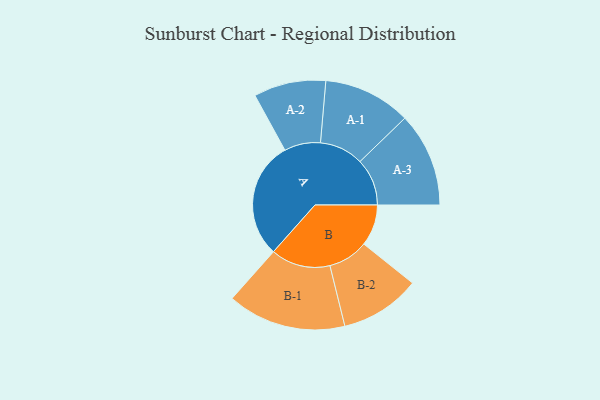
{"axis": {"x": "Segment", "y": "Value"}, "legend": ["", "A", "B"], "data": [{"x": "A", "y": 468, "type": ""}, {"x": "B", "y": 165, "type": ""}, {"x": "A-1", "y": 175, "type": "A"}, {"x": "A-2", "y": 144, "type": "A"}, {"x": "A-3", "y": 188, "type": "A"}, {"x": "B-1", "y": 237, "type": "B"}, {"x": "B-2", "y": 160, "type": "B"}]}